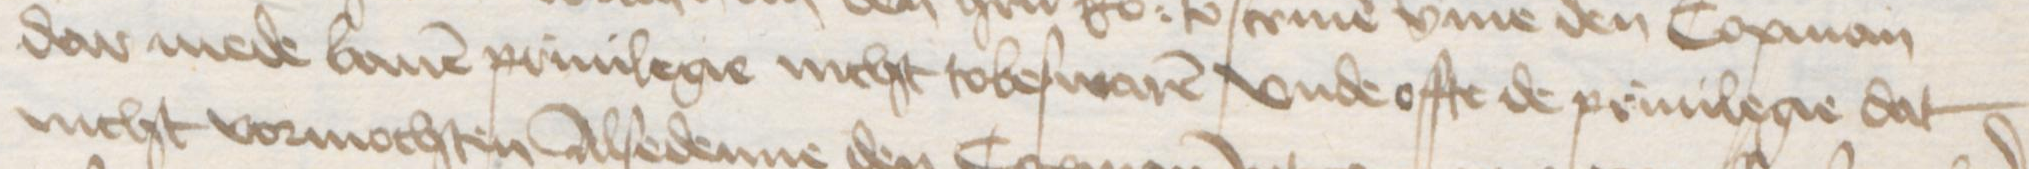
Transcription: dar mede bauen priuilegie nicht tobeswaren vnde offte de priuilegie dat